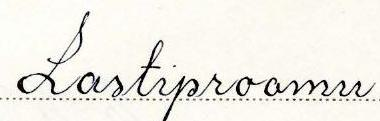
Lastiproomu